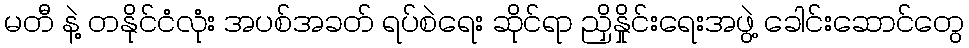
မတီ နဲ့ တနိုင်ငံလုံး အပစ်အခတ် ရပ်စဲရေး ဆိုင်ရာ ညှိနှိုင်းရေးအဖွဲ့ ခေါင်းဆောင်တွေ